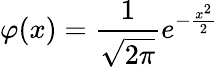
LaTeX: \varphi(x)={\frac{1}{\sqrt{2\pi}}}e^{-{\frac{x^{2}}{2}}}